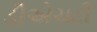
ડીએચટી